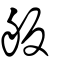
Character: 舨